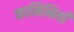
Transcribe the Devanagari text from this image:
कामिनियाँ